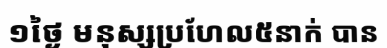
១ថ្ងៃ មនុស្សប្រហែល៥នាក់ បាន